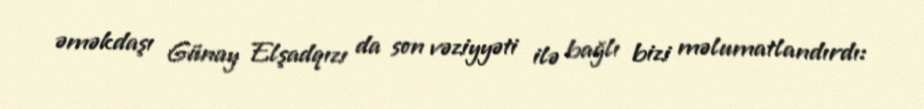
əməkdaşı Günay Elşadqızı da son vəziyyəti ilə bağlı bizi məlumatlandırdı: